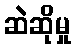
ဆဲဆိုမှု